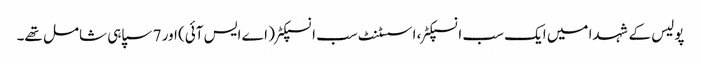
پولیس کے شہدا میں ایک سب انسپکٹر، اسسٹنٹ سب انسپکٹر ( اے ایس آئی) اور 7 سپاہی شامل تھے۔